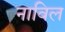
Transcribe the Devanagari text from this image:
नाविल